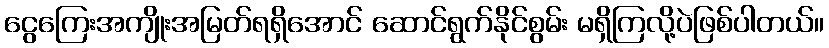
ငွေကြေးအကျိုးအမြတ်ရရှိအောင် ဆောင်ရွက်နိုင်စွမ်း မရှိကြလို့ပဲဖြစ်ပါတယ်။